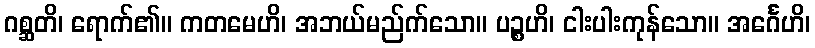
ဂစ္ဆတိ၊ ရောက်၏။ ကတမေဟိ၊ အဘယ်မည်က်သော။ ပဉ္စဟိ၊ ငါးပါးကုန်သော။ အင်္ဂေဟိ၊